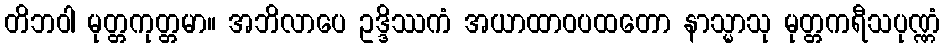
တိဘဝါ မုတ္တကုတ္တမာ။ အဘိလာပေ ဥဒ္ဒိဿကံ အယာထာဝပထတော နာသ္မာသု မုတ္တကရီသပုဏ္ဏံ